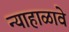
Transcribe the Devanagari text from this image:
न्याहाळावे